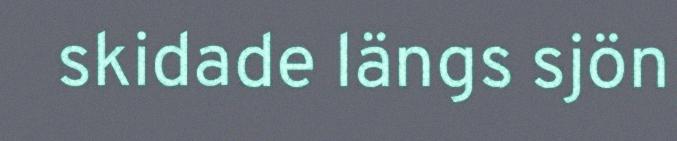
skidade längs sjön